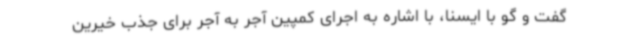
گفت و گو با ایسنا، با اشاره به اجرای کمپین آجر به آجر برای جذب خیرین